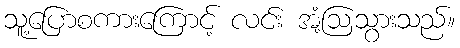
သူ့ပြောစကားကြောင့် လင်း အံ့ဩသွားသည်။